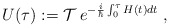
\begin{align*}U(\tau):={\cal T}\:e^{-\frac{i}{\hbar}\int_0^\tau H(t)dt}\;,\end{align*}